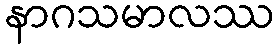
နာဂသမာလဿ